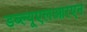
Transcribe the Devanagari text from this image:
डब्ल्यूएलआरएन